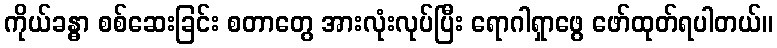
ကိုယ်ခန္ဓာ စစ်ဆေးခြင်း စတာတွေ အားလုံးလုပ်ပြီး ရောဂါရှာဖွေ ဖော်ထုတ်ရပါတယ်။